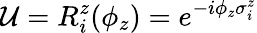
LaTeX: \mathcal{U}=R_{i}^{z}(\phi_{z})=e^{-i\phi_{z}\sigma_{i}^{z}}